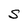
Character: S